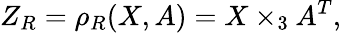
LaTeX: Z_{R}=\rho_{R}(X,A)=X\times_{3}A^{T},